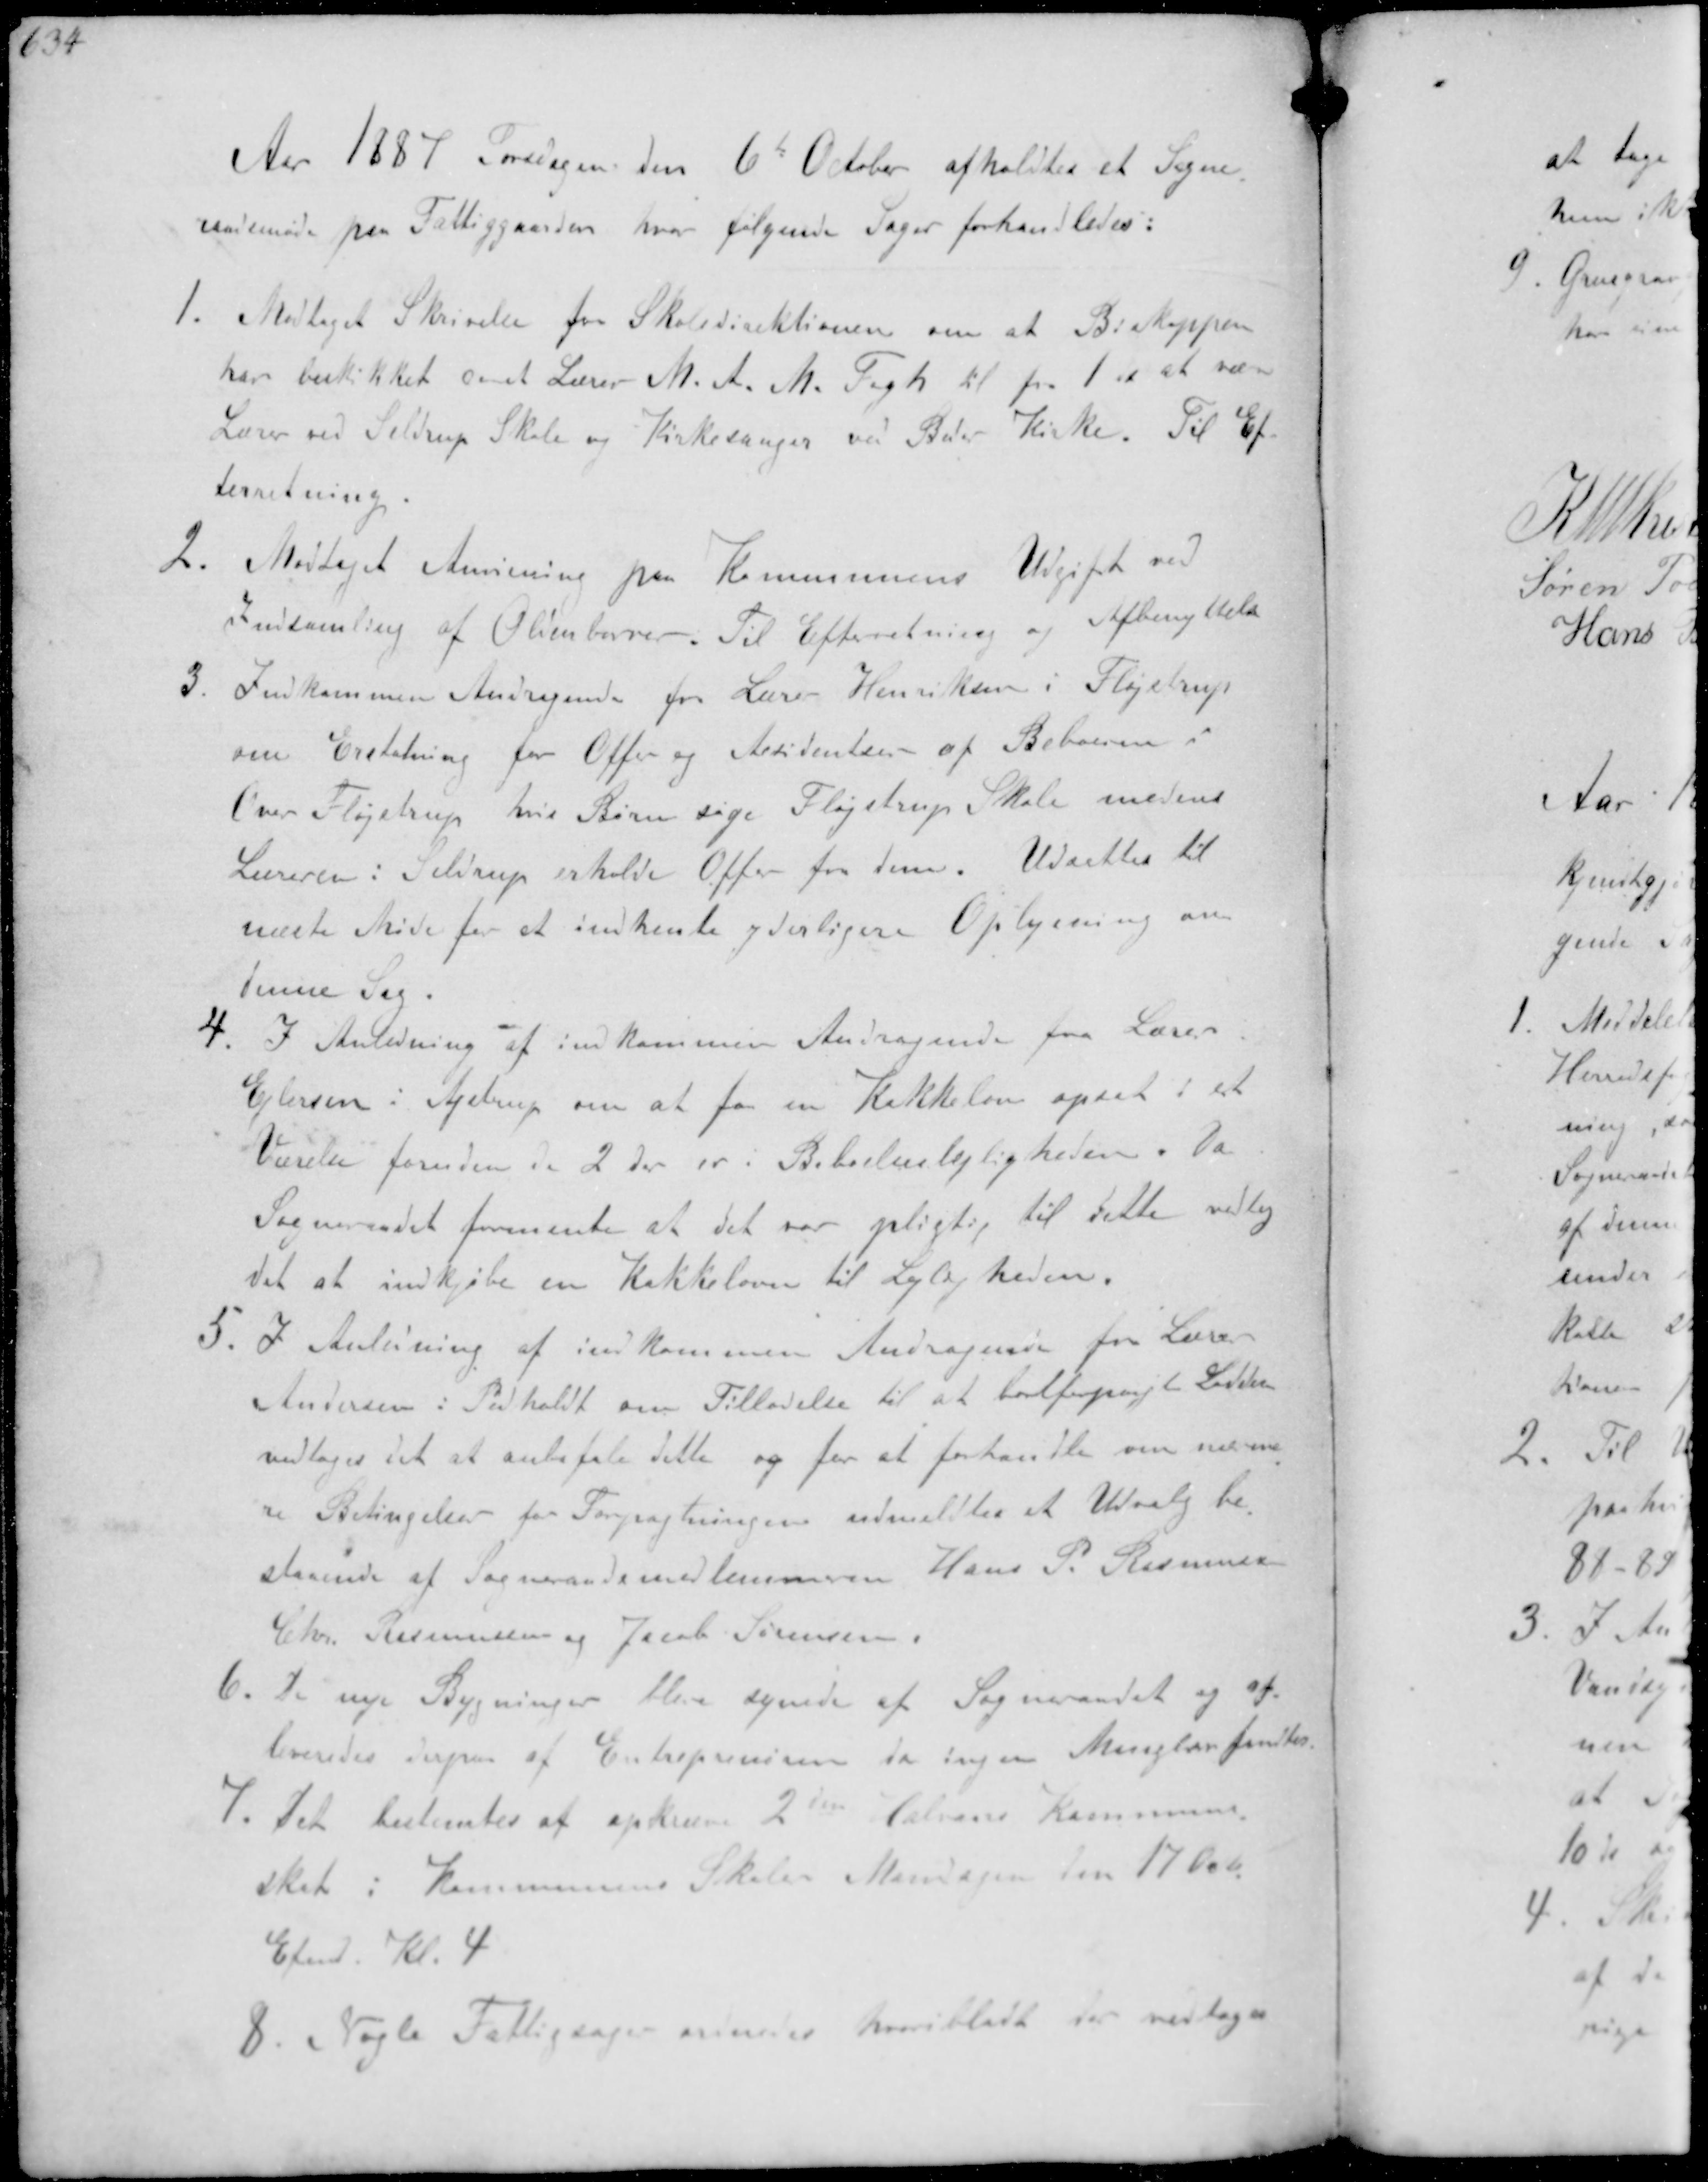
Transskription:
Aar 1887 Torsdagen den 6te Oktober afholdtes et Sogne-
raadsmøde paa Fattiggaarden hvor følgende Sager forhandledes:
1. Modtaget Skrivelse fra Skoledirektionen om at Biskoppen
har beskikket const Lærer M. A. M. Fogh til pr 1st at være
Lærer ved Selldrup Skole og Kirkesanger ved Beder Kirke. Til Ef-
terretning.
2. Modtaget Anvisning paa Kommunens Udgifter ved
Indsamling af Oldenborrer. Til Efterretning og Afbenyttelse
3. Indkommen Andragende for Lærer Henriksen i Fløjstrup
om Erstatning for Offer og Accidenter af Beboere i
Over Fløjstrup, hvis Børn søge Fløjstrup Skole medens
Læreren i Seldrup erholde Offer fra dem. Udsattes til
næste Møde for at indhente yderligere Oplysning om
denne Sag.
4. I Anledning af indkommen Andragende fra Lærer
Ejlersen i Ajstrup om at faa en Kakkelovn opsat i et
Værelse foruden de 2 der er i Beboelseslejligheden. Da
Sogneraadet formente at det var pligtig til dette vedtog
det at indkjøbe en Kakkelovn til Lejligheden.
5. I Anledning af indkommen Andragende fra Lærer
Andersen i Pedholdt om Tilladelse til at bortforpagte Lodden
vedtoges det at anbefale dette og for at forhandle om nærme-
re Betingelser for Forpagtningen udmeldtes et Udvalg be-
staaende af Sogneraadsmedlemmerne Hans P. Rasmussen
Chr. Rasmussen og Jacob Sørensen
6. De nye Bygninger blev synede af Sogneraadet og af-
leveredes derpaa af Entreprenøren da ingen Mangler fandtes
7. Det bestemtes at opkræve 2den Halvaars Kommune-
skat i Kommunens Skole Mandagen den 17 Oct
Efmd. Kl 4
8. Nogle Fattigsager ordnedes heriblandt var vedtagen